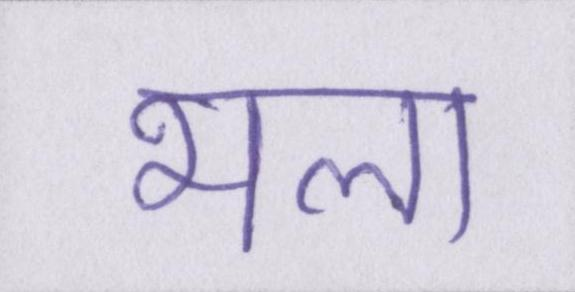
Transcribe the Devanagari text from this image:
भला